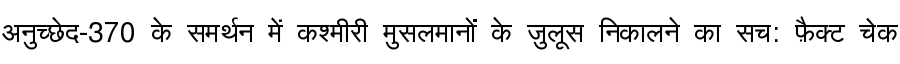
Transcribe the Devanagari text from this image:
अनुच्छेद-370 के समर्थन में कश्मीरी मुसलमानों के जुलूस निकालने का सच: फ़ैक्ट चेक